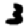
Digit: 3